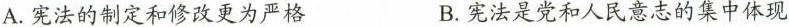
A.宪法的制定和修改更为严格B.宪法是党和人民意志的集中体现